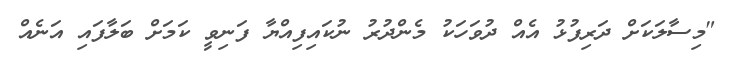
"މިސާލަކަށް ދަރިފުޅު އެއް ދުވަހަކު މެންދުރު ނުކައިފިއްޔާ ފަނިވީ ކަމަށް ބަލާފައި އަނެއް